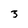
Character: 3